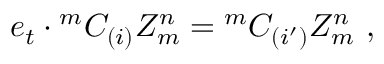
e _ { t } \cdot { ^ m C _ { ( i ) } } Z _ { m } ^ { n } = { ^ m C _ { ( i ^ { \prime } ) } } Z _ { m } ^ { n } ~ ,